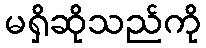
မရှိဆိုသည်ကို